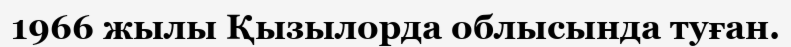
1966 жылы Қызылорда облысында туған.